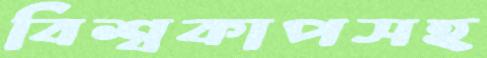
বিশ্বকাপসহ